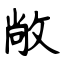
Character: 敞